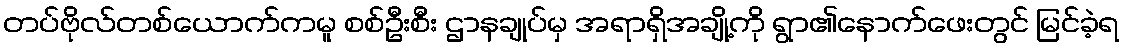
တပ်ဗိုလ်တစ်ယောက်ကမူ စစ်ဦးစီး ဌာနချုပ်မှ အရာရှိအချို့ကို ရွာ၏နောက်ဖေးတွင် မြင်ခဲ့ရ